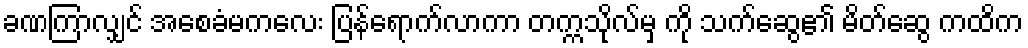
ခဏကြာလျှင် အစေခံမကလေး ပြန်ရောက်လာကာ တက္ကသိုလ်မှ ကို သက်ဆွေ၏ မိတ်ဆွေ ကထိက